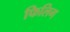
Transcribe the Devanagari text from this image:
फिलिग